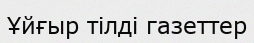
Ұйғыр тілді газеттер